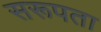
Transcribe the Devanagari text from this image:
सरूपता